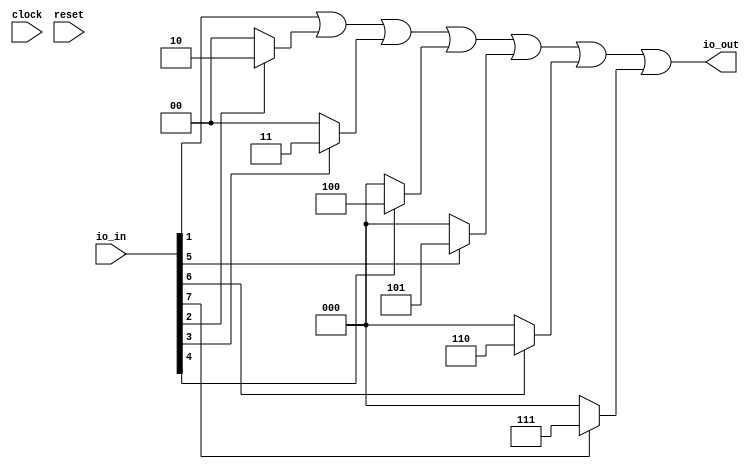
module encoder_generator(
  input        clock,
  input        reset,
  input  [7:0] io_in,
  output [2:0] io_out
);
  wire [1:0] _T_10 = io_in[2] ? 2'h2 : 2'h0; // @[Mux.scala 27:72]
  wire [1:0] _T_11 = io_in[3] ? 2'h3 : 2'h0; // @[Mux.scala 27:72]
  wire [2:0] _T_12 = io_in[4] ? 3'h4 : 3'h0; // @[Mux.scala 27:72]
  wire [2:0] _T_13 = io_in[5] ? 3'h5 : 3'h0; // @[Mux.scala 27:72]
  wire [2:0] _T_14 = io_in[6] ? 3'h6 : 3'h0; // @[Mux.scala 27:72]
  wire [2:0] _T_15 = io_in[7] ? 3'h7 : 3'h0; // @[Mux.scala 27:72]
  wire [1:0] _GEN_0 = {{1'd0}, io_in[1]}; // @[Mux.scala 27:72]
  wire [1:0] _T_17 = _GEN_0 | _T_10; // @[Mux.scala 27:72]
  wire [1:0] _T_18 = _T_17 | _T_11; // @[Mux.scala 27:72]
  wire [2:0] _GEN_1 = {{1'd0}, _T_18}; // @[Mux.scala 27:72]
  wire [2:0] _T_19 = _GEN_1 | _T_12; // @[Mux.scala 27:72]
  wire [2:0] _T_20 = _T_19 | _T_13; // @[Mux.scala 27:72]
  wire [2:0] _T_21 = _T_20 | _T_14; // @[Mux.scala 27:72]
  assign io_out = _T_21 | _T_15; // @[GCD.scala 74:10]
endmodule